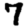
Digit: 7